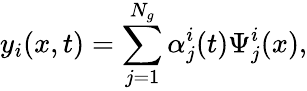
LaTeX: y_{i}(x,t)=\sum_{j=1}^{N_{g}}\alpha_{j}^{i}(t)\Psi_{j}^{i}(x),